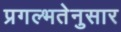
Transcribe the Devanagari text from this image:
प्रगल्भतेनुसार